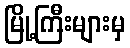
မြို့ကြီးများမှ